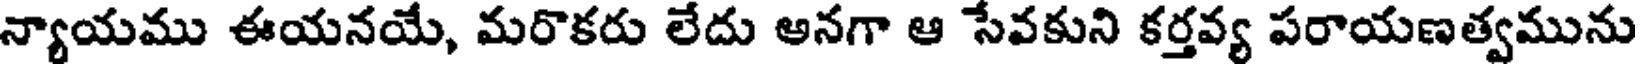
న్యాయము ఈయనయే, మరొకరు లేదు అనగా ఆ సేవకుని కర్తవ్య పరాయణత్వమును